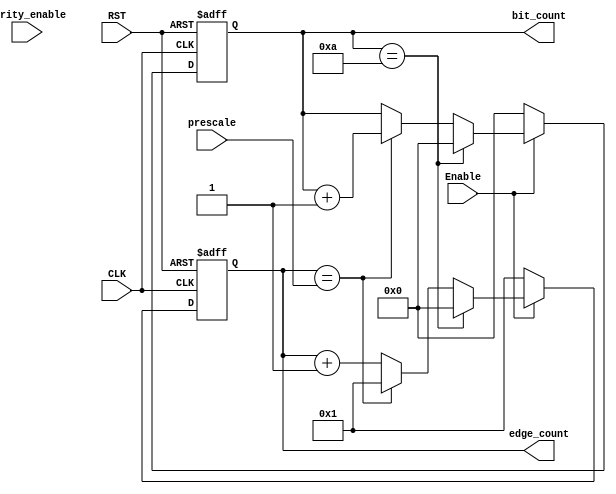
module edge_bit_counter # ( parameter PRESCALE_WIDTH = 5 )
(
  input wire CLK,
  input wire RST,
  input wire Enable,
  input wire [PRESCALE_WIDTH-1:0]   prescale,
  input wire parity_enable,
  output reg [3:0] bit_count,
  output reg [3:0] edge_count
  );
  
  always @ (posedge CLK or negedge RST)
  begin
    if(!RST)
      begin
        bit_count <= 'd0;
        edge_count <= 'd0;
      end
    else
      begin
        if(Enable)
          begin
        if(edge_count == prescale)
          begin
            edge_count<='d1;
            bit_count<=bit_count+'d1;
          end
          
        else
        edge_count<=edge_count+'d1;
        
        if(bit_count == 'd10)
          begin
            bit_count<='d0;
            edge_count <='d0;
          end
          
        end
        
        else
          begin
          bit_count<='d0;
          edge_count<='d1;
        end
        
      end
  end
  
endmodule